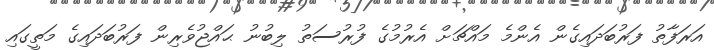
އަރަފާތު ފަރުބަދައިގެން އެންމެ މައްޗަށް އެރުމުގެ ފުރުސަތު ލިބުނު ޙައްޖުވެރިން ފަރުބަދައިގެ މަތީގައި